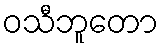
ဝသီဘူတော